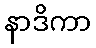
နာဒိကာ